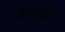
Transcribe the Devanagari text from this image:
अन्यवा